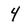
Character: 4